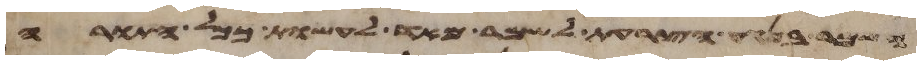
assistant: השמר בנגע הצרעת לשמר מאד לעשות ככל התורה